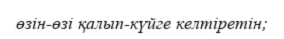
өзін-өзі қалып-күйге келтіретін;